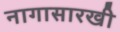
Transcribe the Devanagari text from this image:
नागासारखी